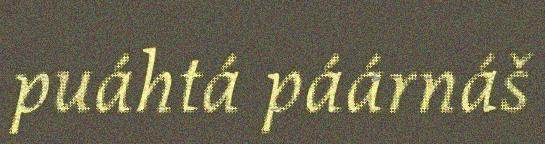
puáhtá páárnáš